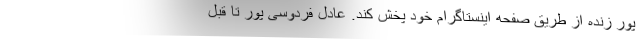
پور زنده از طریق صفحه اینستاگرام خود پخش کند. عادل فردوسی پور تا قبل